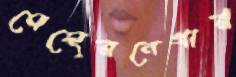
মেহেরনেগার